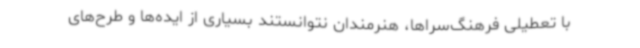
با تعطیلی فرهنگ‌سراها، هنرمندان نتوانستند بسیاری از ایده‌ها و طرح‌های